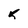
Character: 5